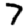
Digit: 7